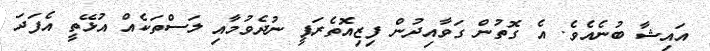
އައިޝާ ބުނެއެވެ. އެ ގޮތުން ގަވާއިދުން ފިޒިއޮތެރަޕީ ނުދެވުމާއި ލަސްތަކެއް އުޅޭތީ އެފަދަ